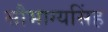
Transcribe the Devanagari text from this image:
सौभाग्यसिंह